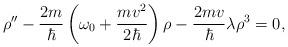
LaTeX: \begin{align*}\rho^{\prime\prime}-\frac{2m}{\hbar}\left (\omega_0+\frac{m v^2}{2\hbar }\right )\rho -{2 m v\over \hbar}\lambda \rho^{3}=0,\end{align*}